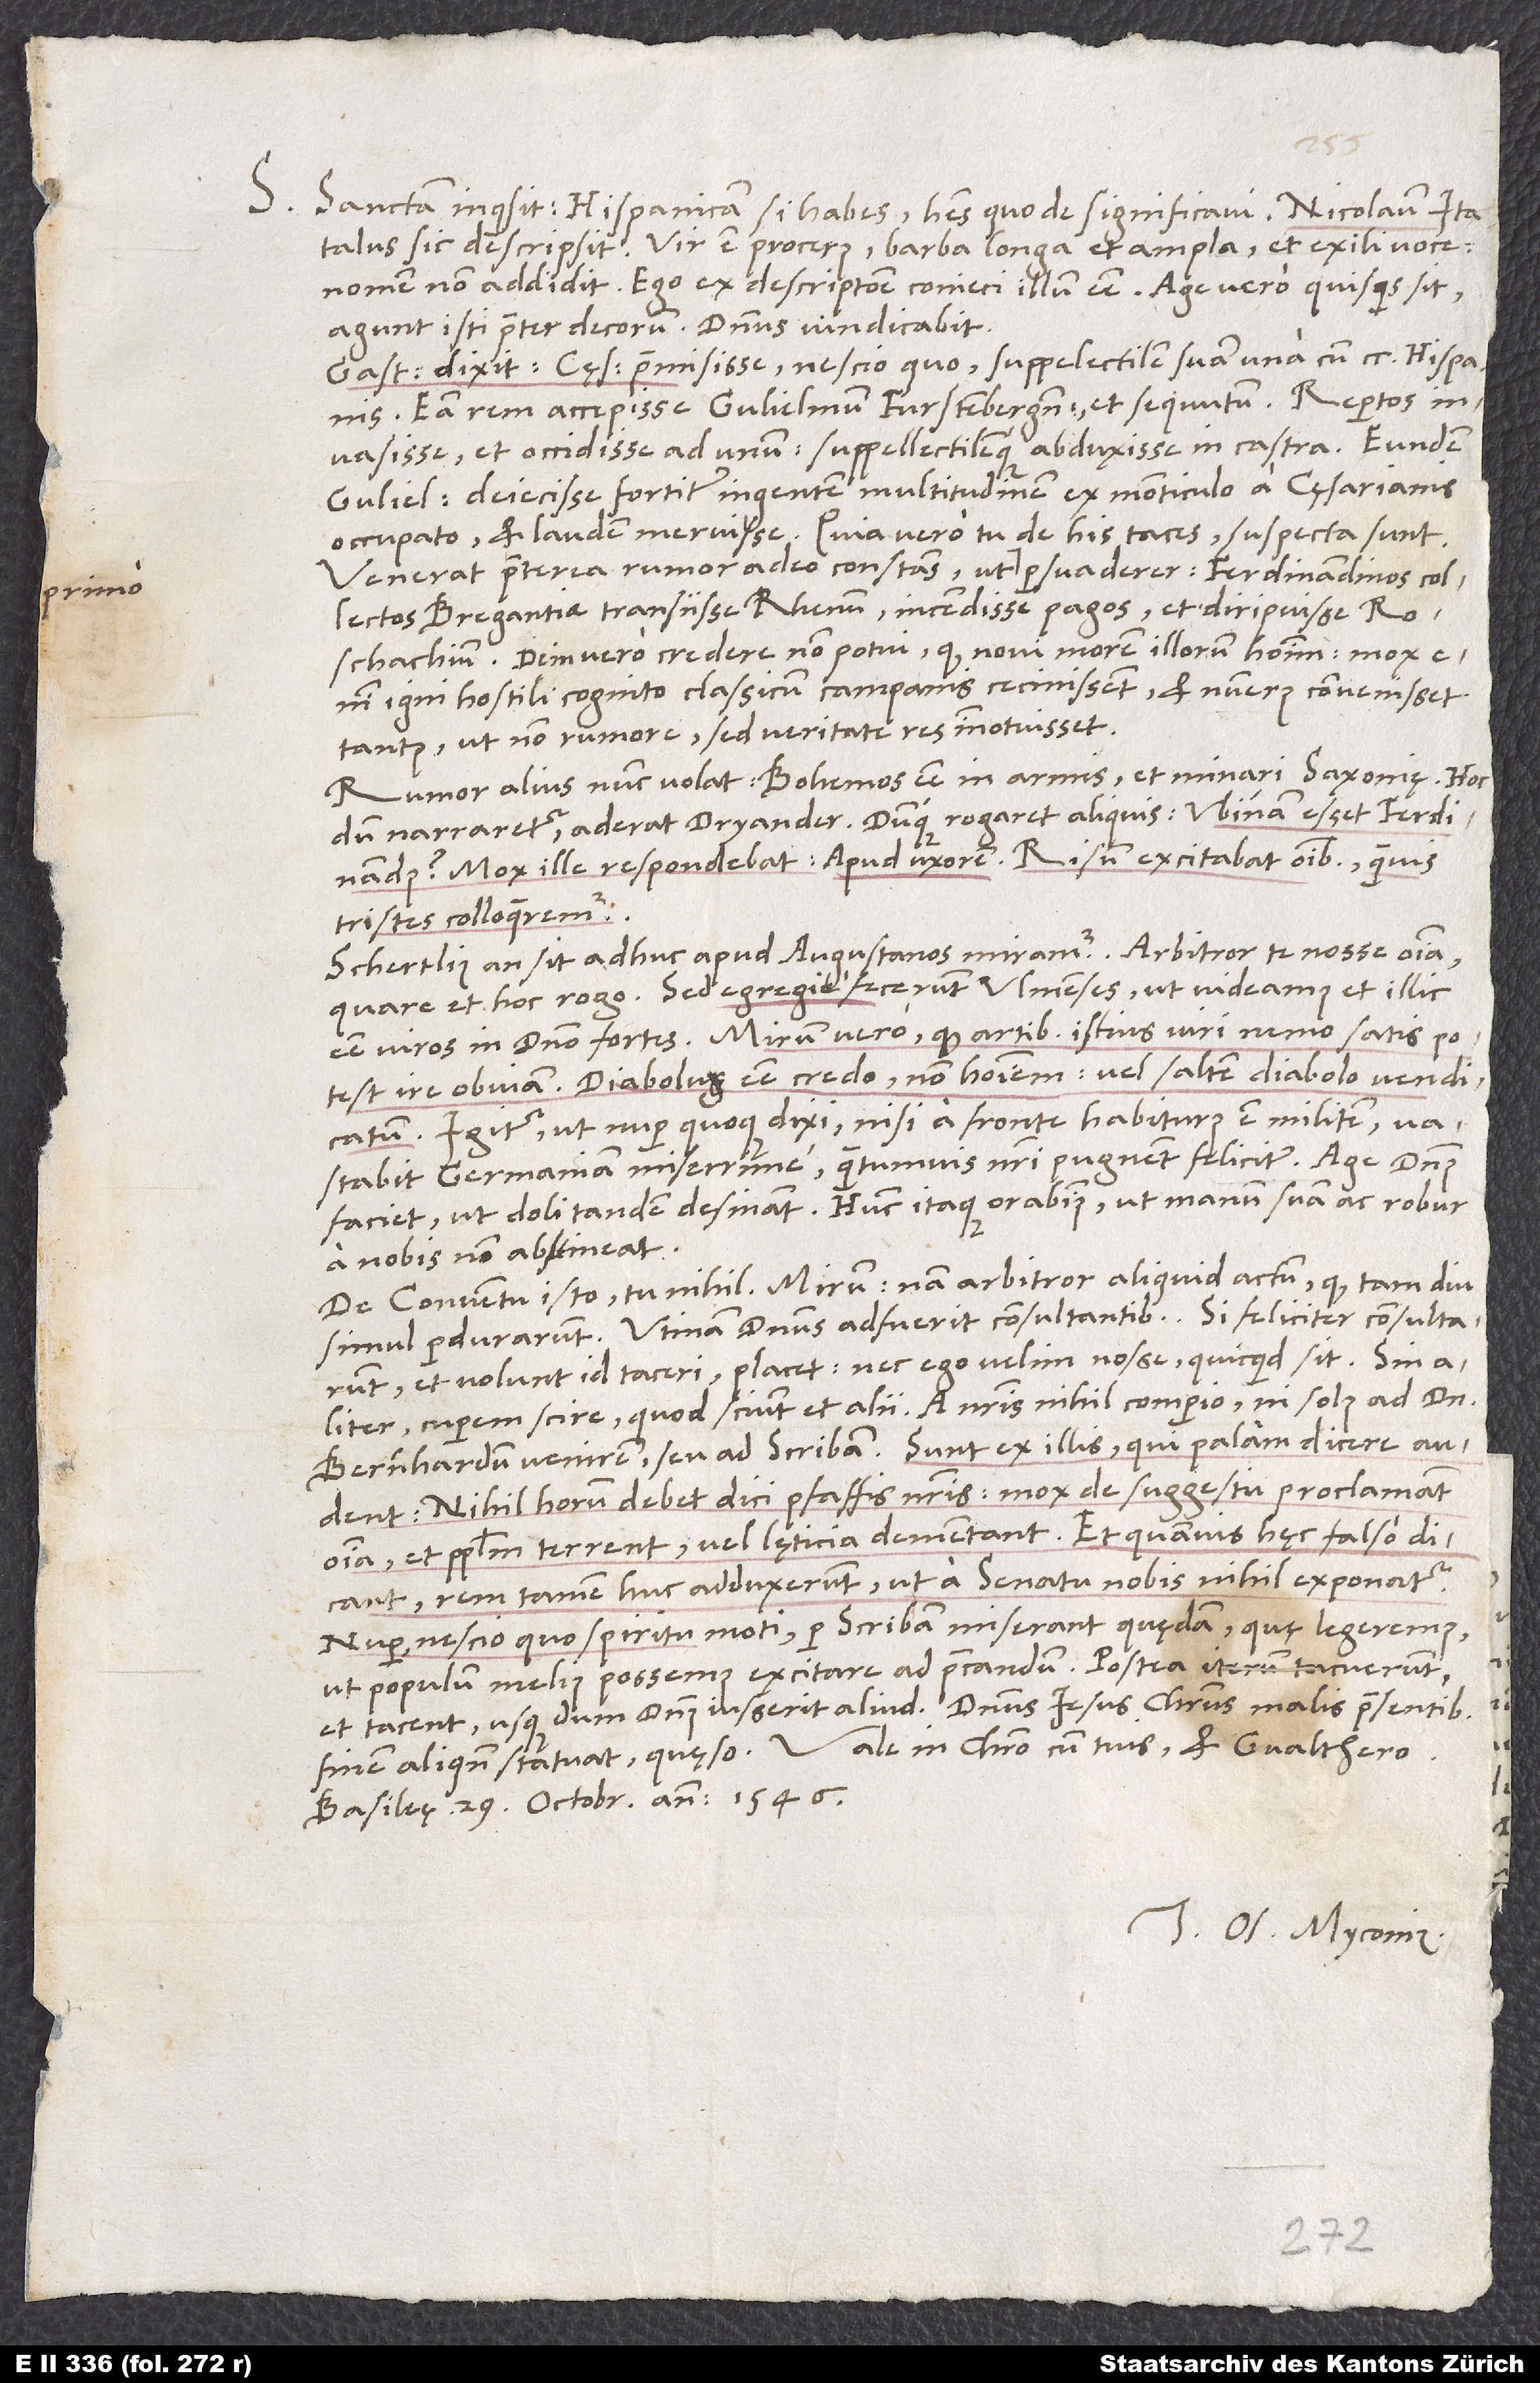
S.

Sanctam inquisitionem Hispanicam si habes, habes quo de significavi.
Italus sic descripsit: Vir est procerus, barba longa et ampla et exili voce.
Nomen non addidit. Ego ex descriptione conieci illum esse. Age vero, quisquis sit,
agunt isti praeter decorum. Dominus vindicabit.
Gastius dixit cęsarem praemisisse, nescio quo, suppelectilem suam una cum 200 Hispanis;
eam rem accepisse Gulielmum Furstenbergensem et sequutum repertos
invasisse et occidisse ad unum, suppellectilemque abduxisse in castra. Eundem
Gulielmum deiecisse fortiter ingentem multitudinem ex monticulo a cęsarianis
occupato et laudem meruisse. Quia vero tu de his taces, suspecta sunt.
Venerat praeterea rumor adeo constans, ut primo persuaderer, Ferdinandinos collectos
Bregantiae transiisse Rhenum, incendisse pagos et diripuisse
Roschachium. Dein vero credere non potui, quod novi morem illorum hominum; mox
enim igni hostili cognito classicum campanis cecinissent, et numerus convenisset
tantus, ut non rumore, sed veritate res innotuisset.
Rumor alius nunc volat: Bohemos esse in armis et minari Saxonię. Hoc
dum narraretur, aderat Dryander. Dumque rogaret aliquis, ubinam esset Ferdinandus,
mox ille respondebat: „Apud uxorem.“ Risum excitabat omnibus, quamvis
tristes colloqueremur.
Schertlius an sit adhuc apud Augustanos, miramur. Arbitror te nosse omnia,
quare et hoc rogo. Sed egregie fecerunt Ulmenses, ut videamus et illic
esse viros in domino fortes. Mirum vero, quod artibus istius viri nemo satis potest
ire obviam. Diabolum esse credo, non hominem, vel saltem diabolo vendicatum.
Igitur, ut nuper quoque dixi, nisi a fronte habiturus est militem,
vastabit Germaniam miserrime, quantumvis nostri pugnant feliciter. Age, dominus
faciet, ut doli tandem desinant! Hunc itaque orabimus, ut manum suam ac robur
a nobis non abstineat.
De conventu isto tu nihil. Mirum! Nam arbitror aliquid actum, quod tam diu
simul perdurarunt. Utinam dominus adfuerit consultantibus! Si feliciter consultarunt
et volunt id taceri, placet; nec ego velim nosse, quicquid sit. Sin
aliter, cuperem scire, quod sciunt et alii. A nostris nihil comperio, ni solus ad dominum
Bernhardum venirem, seu ad scribam. Sunt ex illis, qui palam dicere audent:
„Nihil horum debet dici pfaffis nostris; mox de suggestu proclamant
omnia et populum terrent vel lęticia dementant.“ Et, quamvis hęc falso dicant,
rem tamen huc adduxerunt, ut a senatu nobis nihil exponatur.
Nuper, nescio quo spiritu moti, per scribam miserant quędam, quę legeremus,
ut populum melius possemus excitare ad precandum. Postea iterum tacuerunt
finem aliquando statuat, quęso! Vale in Christo cum tuis et Gvalthero.
Basileę, 29. octobris anno 1546.
Tuus Os. Myconius.